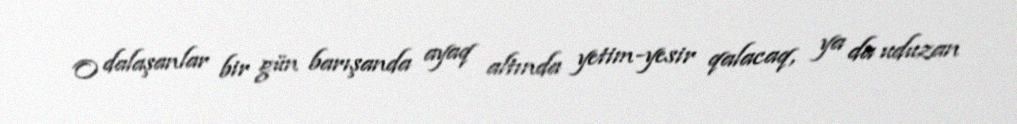
O dalaşanlar bir gün barışanda ayaq altında yetim-yesir qalacaq, ya da uduzan